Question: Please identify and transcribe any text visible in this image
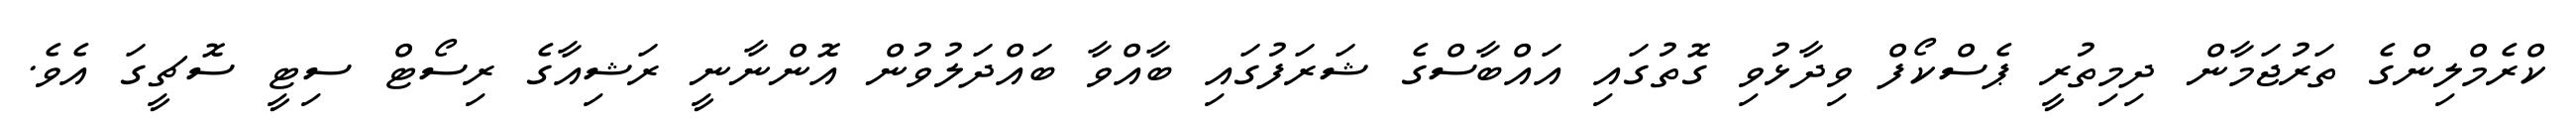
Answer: ކްރެމްލިންގެ ތަރުޖަމާން ދިމިތުރީ ޕެސްކޯފް ވިދާޅުވި ގޮތުގައި އައްބާސްގެ ޝަރަފުގައި ބާއްވާ ބައްދަލުވުން އޮންނާނީ ރަޝިއާގެ ރިސޯޓް ސިޓީ ސޮޗީގަ އެވެ.